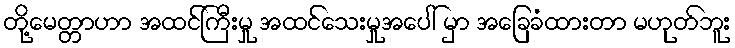
တို့မေတ္တာဟာ အထင်ကြီးမှု အထင်သေးမှုအပေါ် မှာ အခြေခံထားတာ မဟုတ်ဘူး